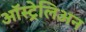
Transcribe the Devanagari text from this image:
ऑस्ट्रेलिअन